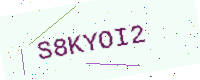
Text: S8KYOI2